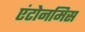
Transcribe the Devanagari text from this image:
एंटोनमिस